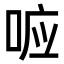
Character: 𭈉